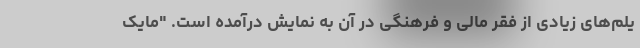
یلم‌های زیادی از فقر مالی و فرهنگی در آن به نمایش درآمده است. "مایک